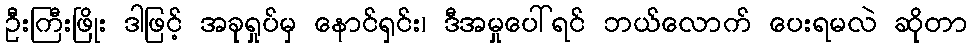
ဦးကြီးဖြိုး ဒါဖြင့် အခုရှုပ်မှ နောင်ရှင်း၊ ဒီအမှုပေါ်ရင် ဘယ်လောက် ပေးရမလဲ ဆိုတာ